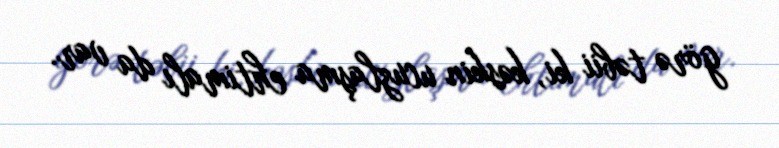
görə təbii ki, kəskin ucuzlaşma ehtimalı da var.